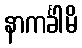
နာကင်္ခါမိ